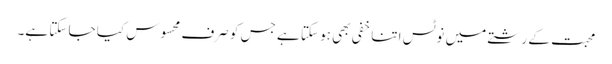
محبت کے رشتے میں نوٹس اتنا خفی بھی ہو سکتا ہے جس کو صرف محسوس کیا جا سکتا ہے۔